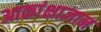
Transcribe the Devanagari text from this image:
आकांक्षाज्ञान